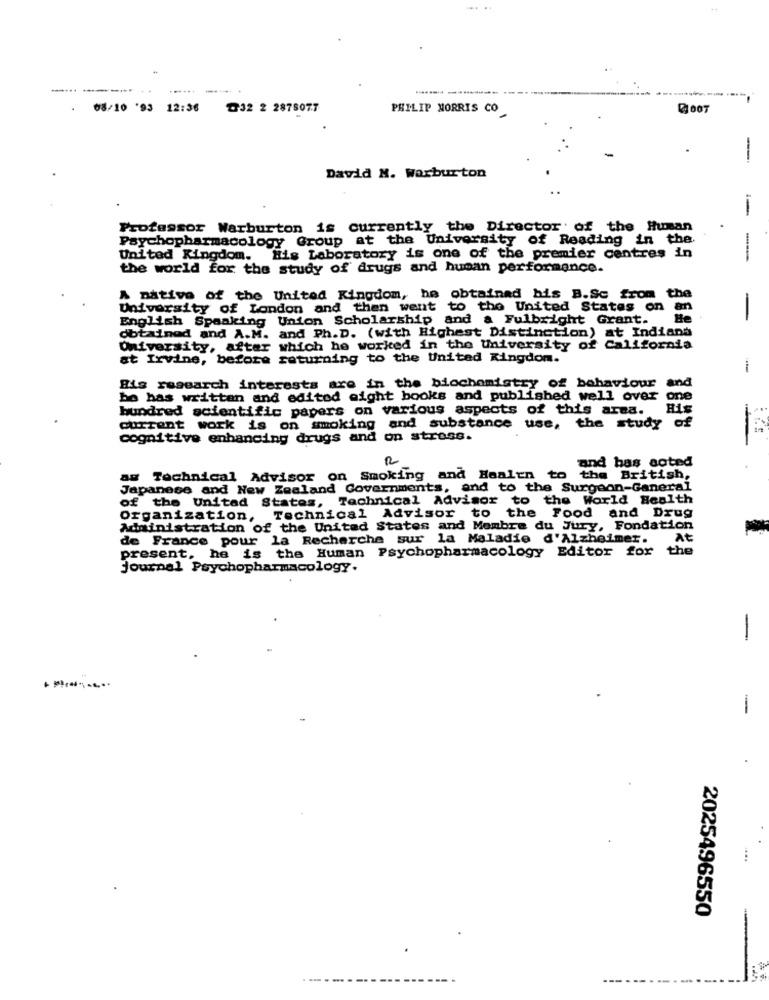
.......
-------
....
---------
08/10 '93 12:36
₾32 2 2875077
PHILIP MORRIS CO
-
-
David N. Warburton
Professor Warburton is currently the Director of the Human
Psychopharmacology Group at the University of Reading in the
United Kingdom. His Laboratory is one of the premier centres in
the world for the study of drugs and human performance.
A native of the United Kingdom, he obtained bis B.Sc from the
University of London and then went to the United States on an
English Speaking Union Scholarship and a Fulbright Grant.
He
-
obtained and A.M. and Ph.D. (with Highest Distinction) at Indiana
University, after which he worked in the University of California
at Irvine, before returning to the United Kingdom.
-
and
Bis research interests are in the biochemistry of behaviour
bo has written and edited eight books and published well over
one
hundred scientific papers on various aspects of this area.
current work is on smoking and substance use, the study of
cognitive enhancing drugs and on stress.
and bas aoted
a# Technical Advisor on Smoking and Healen to the British,
Japanese and New Zealand Governments, and to the Surgeon-Ganeral
of the United States, Technical Advisor to the World Health
Organization, Technical Advisor to the Food and Drug
Administration of the United States and Membre du Jury, Fondation
de France pour la Recherche sur la Maladie d'Alzheimer.
At
present, he is the Human Psychopharmacology Editor for the
Journal Psychopharmacology.
-
-
2025496550
-------
---------...